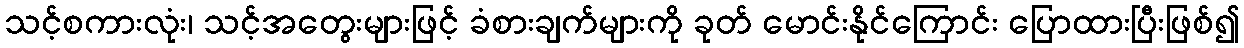
သင့်စကားလုံး၊ သင့်အတွေးများဖြင့် ခံစားချက်များကို ခုတ် မောင်းနိုင်ကြောင်း ပြောထားပြီးဖြစ်၍